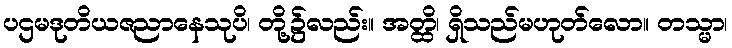
ပဌမဒုတိယဇညာနေသုပိ၊ တို့၌လည်း။ အတ္ထိ၊ ရှိသည်မဟုတ်လော။ တသ္မာ၊